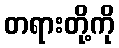
တရားတို့ကို